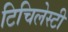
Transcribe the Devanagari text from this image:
टिचिलेस्टी